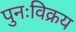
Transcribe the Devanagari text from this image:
पुनःविक्रय